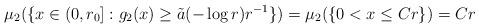
LaTeX: \begin{align*}\mu_2(\{x\in(0,r_0]:g_2(x)\geq \tilde a(-\log r)r^{-1}\})=\mu_2(\{0<x\leq Cr\})=C r\end{align*}